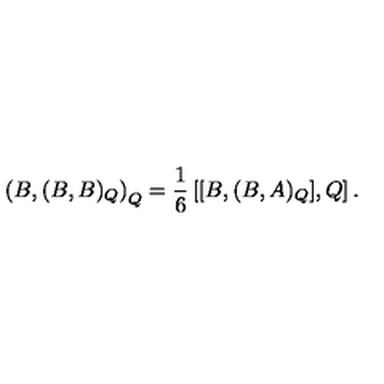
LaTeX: \left( B , ( B , B ) _ { Q } \right) _ { Q } = \frac { 1 } { 6 } \left[ [ B , ( B , A ) _ { Q } ] , Q \right] .